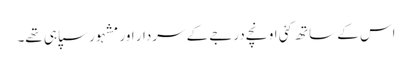
اس کے ساتھ کئی اونچے درجے کے سردار اور مشہور سپاہی تھے۔